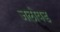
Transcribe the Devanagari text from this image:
जलोयड